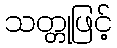
သတ္တုဖြင့်